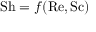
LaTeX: \mathrm { S h } = f ( \mathrm { R e } , \mathrm { S c } )